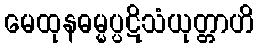
မေထုနဓမ္မပ္ပဋိသံယုတ္တာဟိ